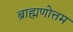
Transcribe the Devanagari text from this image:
ब्राह्मणोत्तम